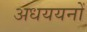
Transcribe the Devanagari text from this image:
अधययनों